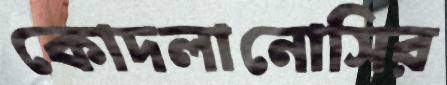
কোদলানোসির